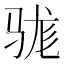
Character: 𮪡